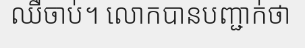
ឈឺចាប់។ លោកបានបញ្ជាក់ថា